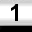
Digit: 1